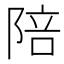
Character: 陪